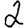
Digit: 2